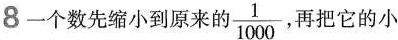
8一个数先缩小到原来的 \frac{1}{1000} 再把它的小